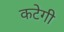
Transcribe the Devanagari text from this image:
कटेगी